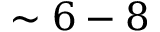
\sim 6 - 8